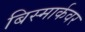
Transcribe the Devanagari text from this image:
बिस्मार्कवर